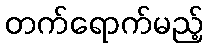
တက်ရောက်မည့်